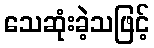
သေဆုံးခဲ့သဖြင့်